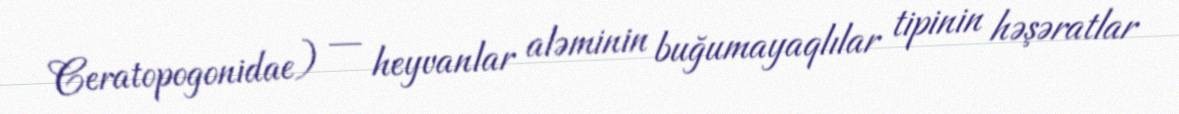
Ceratopogonidae) — heyvanlar aləminin buğumayaqlılar tipinin həşəratlar